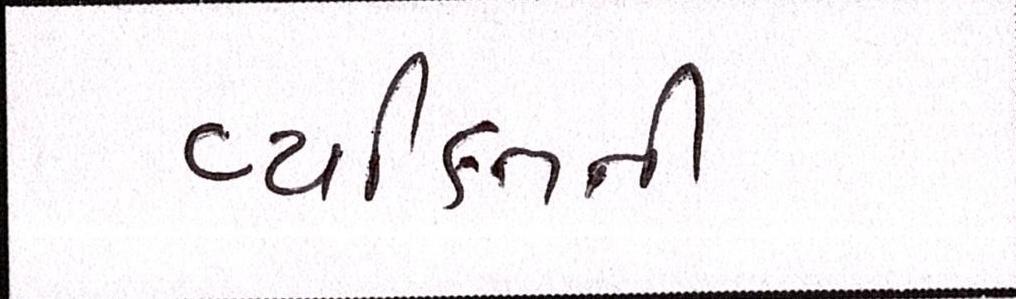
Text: વ્યકિતની